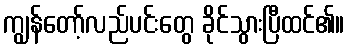
ကျွန်တော့်လည်ပင်းတွေ ခိုင်သွားပြီထင်၏။